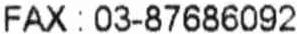
FAX : 03-87686092